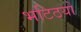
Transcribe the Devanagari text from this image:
भटिठयों